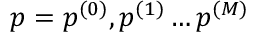
p = { p ^ { ( 0 ) } , p ^ { ( 1 ) } \dots p ^ { ( M ) } }